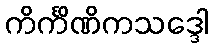
ကိင်္ကိဏိကသဒ္ဒေါ